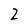
Character: 2